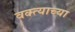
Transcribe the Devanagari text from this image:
वक्त्याच्या